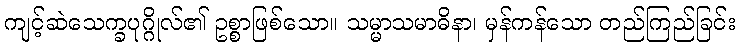
ကျင့်ဆဲသေက္ခပုဂ္ဂိုလ်၏ ဥစ္စာဖြစ်သော။ သမ္မာသမာဓိနာ၊ မှန်ကန်သော တည်ကြည်ခြင်း